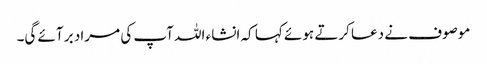
موصوف نے دعا کرتے ہوئے کہا کہ انشاء اللہ آپ کی مراد بر آئے گی۔